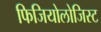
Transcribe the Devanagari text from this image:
फिजियोलोजिस्ट